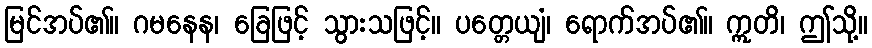
မြင်အပ်၏။ ဂမနေန၊ ခြေဖြင့် သွားသဖြင့်။ ပတ္တေယျံ၊ ရောက်အပ်၏။ ဣတိ၊ ဤသို့။